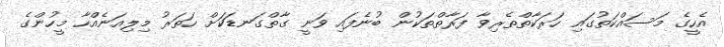
އެހީގެ މަސައްކަތުގައި ހަރަކާތްތެރިވާ ފަރާތްތަކުން ބުނެފައި ވަނީ ގާތްގަނޑަކަށް ހަތަރު މިލިއަނެއްހާ މީހުންގެ